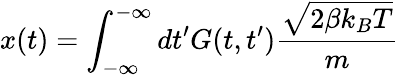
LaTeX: x(t)=\int_{-\infty}^{-\infty}dt^{\prime}G(t,t^{\prime})\frac{\sqrt{2\beta k_{B}T}}{m}